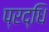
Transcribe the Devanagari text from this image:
प्रद्धि